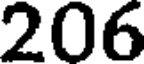
206